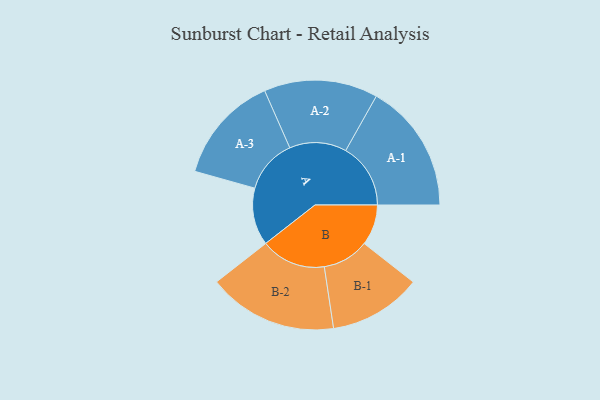
{"axis": {"x": "Segment", "y": "Value"}, "legend": ["", "A", "B"], "data": [{"x": "A", "y": 245, "type": ""}, {"x": "B", "y": 174, "type": ""}, {"x": "A-1", "y": 277, "type": "A"}, {"x": "A-2", "y": 243, "type": "A"}, {"x": "A-3", "y": 231, "type": "A"}, {"x": "B-1", "y": 198, "type": "B"}, {"x": "B-2", "y": 277, "type": "B"}]}